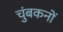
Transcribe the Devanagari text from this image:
चुंबकनों